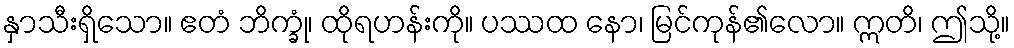
နှာသီးရှိသော။ ဧတံ ဘိက္ခုံ၊ ထိုရဟန်းကို။ ပဿထ နော၊ မြင်ကုန်၏လော။ ဣတိ၊ ဤသို့။